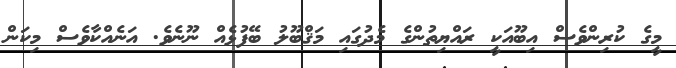
މީގެ ކުރިންވެސް އިބޫއަކީ ރައްޔިތުންގެ މެދުގައި މަޤްބޫލު ބޭފުޅެއް ނޫނެވެ. އަނެއްކާވެސް މިކަން